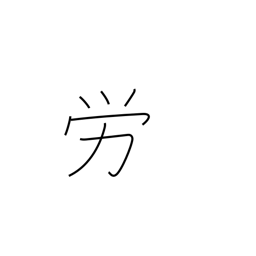
Meaning: labor